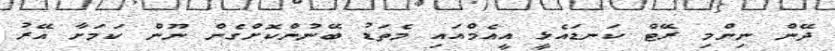
ދޭން ނިންމި ރޭޓް ކަނޑައެޅީ އީއެމްއައި މެތަޑު ބޭނުންކޮށްގެން ނޫން ކަމަށާ އޭރު